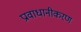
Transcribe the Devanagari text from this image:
प्रावाधानीकरण